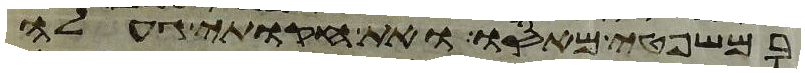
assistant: במשפטי מאסו ואת חקותי געלה